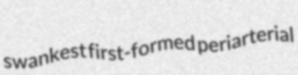
swankest first-formed periarterial